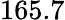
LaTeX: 165.7